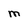
Character: M